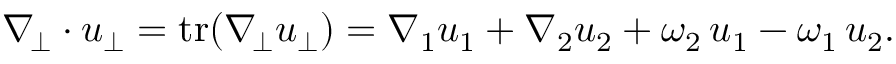
\begin{array} { r } { \nabla _ { \! \bot } \cdot u _ { \bot } = \operatorname { t r } ( \nabla _ { \! \bot } u _ { \bot } ) = \nabla _ { 1 } u _ { 1 } + \nabla _ { 2 } u _ { 2 } + \omega _ { 2 } \, u _ { 1 } - \omega _ { 1 } \, u _ { 2 } . } \end{array}